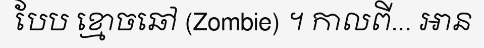
បែប ខ្មោចឆៅ (Zombie) ។ កាលពី... អាន